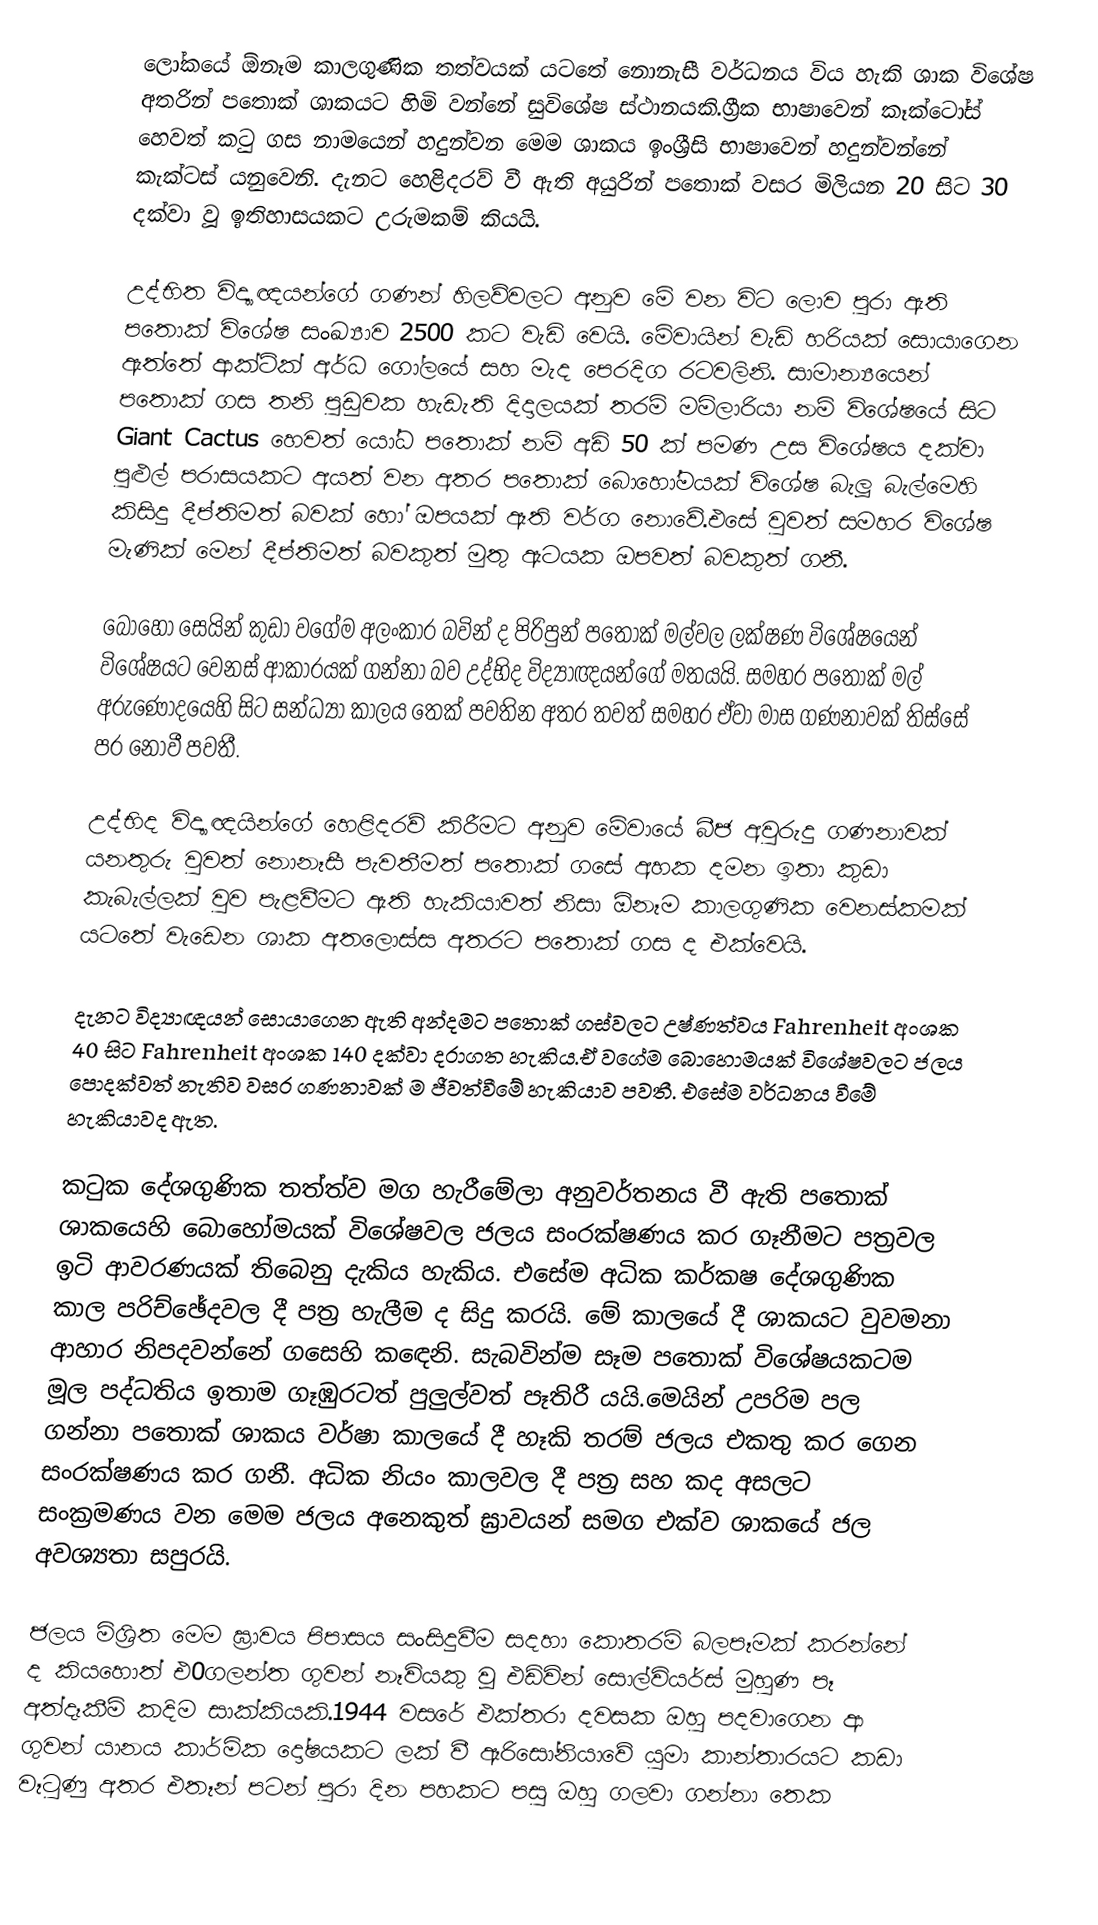
ලෝකයේ ඕනෑම කාලගුණික තත්වයක් යටතේ නොනැසී වර්ධනය විය හැකි ශාක විශේෂ අතරින් පතොක් ශාකයට හිමි වන්නේ සුවිශේෂ ස්ථානයකි.ග්‍රීක භාෂාවෙන් කෑක්ටෝස් හෙවත් කටු ගස නාමයෙන් හදුන්වන මෙම ශාකය ඉංශ්‍රීසි භාෂාවෙන් හදුන්වන්නේ කැක්ටස් යනුවෙනි. දැනට හෙළිදරව් වී ඇති අයුරින් පතොක් වසර මිලියන 20 සිට 30 දක්වා වූ ඉතිහාසයකට උරුමකම් කියයි.

උද්භිත විද්‍යාඥයන්ගේ ගණන් හිලව්වලට අනුව මේ වන විට ලොව පුරා ඇති පතොක් විශේෂ  සංඛ්‍යාව 2500 කට වැඩි වෙයි. මේවායින් වැඩි හරියක් සොයාගෙන ඇත්තේ ආක්ටික් අර්ධ ගෝලයේ සහ මැද පෙරදිග රටවලිනි. සාමාන්‍යයෙන් පතොක් ගස තනි පුඩුවක හැඩැති දිදාලයක් තරම් මමිලාරියා නම් විශේෂයේ සිට Giant Cactus හෙවත් යෝධ පතොක් නම් අඩි 50 ක් පමණ උස විශේෂය දක්වා පුළුල් පරාසයකට අයත් වන අතර පතොක් බොහෝමයක් විශේෂ බැලූ බැල්මෙහි කිසිදු දීප්තිමත් බවක් හෝ ඔපයක් ඈති වර්ග නොවේ.එසේ වුවත් සමහර විශේෂ මැණික් මෙන් දීප්තිමත් බවකුත් මුතු ඇටයක ඔපවත් බවකුත් ගනී.

බොහෝ සෙයින් කුඩා වගේම අලංකාර බවින් ද පිරිපුන් පතොක් මල්වල ලක්ෂණ විශේෂයෙන් විශේෂයට වෙනස් ආකාරයක් ගන්නා බව උද්භිද විද්‍යාඥයන්ගේ මතයයි. සමහර පතොක් මල් අරුණෝදයෙහි සිට සන්ධ්‍යා කාලය තෙක් පවතින අතර තවත් සමහර ඒවා මාස ගණනාවක් තිස්සේ පර නොවී පවතී.

උද්භිද විද්‍යාඥයින්ගේ හෙළිදරව් කිරීමට අනුව මේවායේ බීජ අවුරුදු ගණනාවක් යනතුරු වුවත් නොනෑසී පැවතීමත් පතොක් ගසේ අහක දමන ඉතා කුඩා කැබැල්ලක් වුව පැළවීමට ඇති හැකියාවත් නිසා ඕනෑම කාලගුණික වෙනස්කමක් යටතේ වැඩෙන ශාක අතලොස්ස අතරට පතොක් ගස ද එක්වෙයි.

දැනට විද්‍යාඥයන් සොයාගෙන ඇති අන්දමට පතොක් ගස්වලට උෂ්ණත්වය Fahrenheit අංශක 40 සිට Fahrenheit අංශක 140 දක්වා දරාගත හැකිය.ඒ වගේම බොහොමයක් විශේෂවලට ජලය පොදක්වත් නැතිව වසර ගණනාවක් ම ජීවත්වීමේ හැකියාව පවතී. එසේම වර්ධනය වීමේ හැකියාවද ඇත.

කටුක දේශගුණික තත්ත්ව මග හැරීමේලා අනුවර්තනය වී ඇති පතොක් ශාකයෙහි බොහෝමයක් විශේෂවල ජලය සංරක්ෂණය කර ගෑනීමට පත්‍රවල ඉටි ආවරණයක් තිබෙනු දැකිය හැකිය. එසේම අධික කර්කෂ දේශගුණික කාල පරිච්ඡේදවල දී පත්‍ර හැලීම ද සිදු කරයි. මේ කාලයේ දී ශාකයට වුවමනා ආහාර නිපදවන්නේ ගසෙහි කඳෙනි. සැබවින්ම සෑම පතොක් විශේෂයකටම මූල පද්ධතිය ඉතාම ගෑඹුරටත් පුලුල්වත් පෑතිරී යයි.මෙයින් උපරිම පල ගන්නා පතොක් ශාකය වර්ෂා කාලයේ දී හෑකි තරම් ජලය එකතු කර ගෙන සංරක්ෂණය කර ගනී. අධික නියං කාලවල දී පත්‍ර සහ කද අසලට සංක්‍රමණය වන මෙම ජලය අනෙකුත් ඝ්‍රාවයන් සමග එක්ව ශාකයේ ජල අවශ්‍යතා සපුරයි.

ජලය මිශ්‍රිත මෙම ඝ්‍රාවය පිපාසය සංසිදුවීම සදහා කොතරම් බලපෑමක් කරන්නේ ද කියහොත් එ0ගලන්ත ගුවන් නෑවියකු වූ එඩ්වින් සොල්වියර්ස් මුහුණ පෑ අත්දෑකීම් කදිම සාක්කියකි.1944 වසරේ එක්තරා දවසක ඔහු පදවාගෙන ආ ගුවන් යානය කාර්මික දෝෂයකට ලක් වී ඈරිසෝනියාවේ යුමා කාන්තාරයට කඩා වෑටුණු අතර එතෑන් පටන් පුරා දින පහකට පසු ඔහු ගලවා ගන්නා තෙක